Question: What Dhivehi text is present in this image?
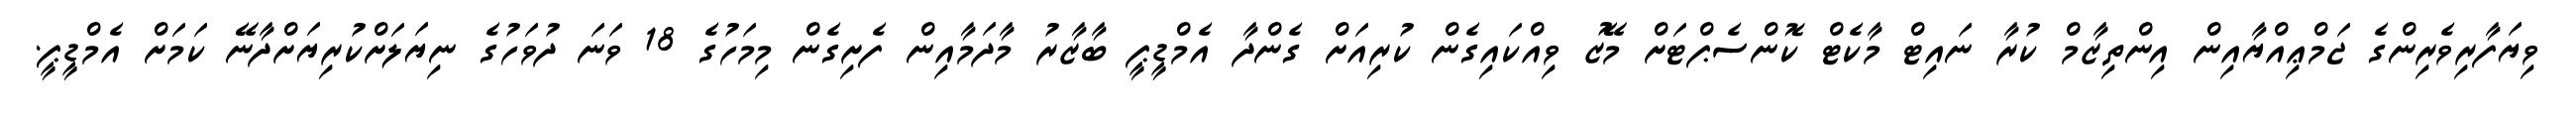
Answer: ވިޔަފާރިވެރިންގެ ޖަމްޢިއްޔާއިން އިންތިޒާމް ކުރާ ނައިޓް މާކެޓް ކޮންސެޕްޓަށް މޭޒު ވިއްކައިގެން ކުރިއަށް ގެންދާ އެމްޑީޕީ ބާޒާރު މާދަމާއިން ފެށިގެން މިމަހުގެ 18 ވަނަ ދުވަހުގެ ނިޔަލަށްކުރިޔަށްދާނޭ ކަމަށް އެމްޑީޕީ.